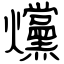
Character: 爣